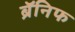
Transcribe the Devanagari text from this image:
ब्रॅनिफ